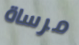
مرساة